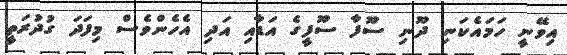
އިވޭނީ ހަމައެކަނި ދޫނި ސޫފާ ސޫފީގެ އަޑާއި އަދި އެހެންވެސް މިފަދަ ގުދުރަތީ